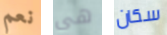
نعم هي سكان